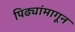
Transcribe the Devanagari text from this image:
पिढ्यांमागून